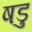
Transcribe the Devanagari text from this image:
षडु